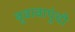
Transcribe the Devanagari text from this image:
बुवाबापूंची